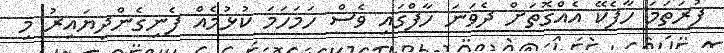
ފުރަތަމަ ހާފެކޭ އެއްގޮތަށް ދެވަނަ ހާފްގައި ވެސް ހަމަހަމަ ކުޅުމެއް ފެނިގެންދިޔައިރު މި